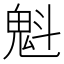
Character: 魁